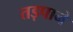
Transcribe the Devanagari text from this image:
तड़पाने